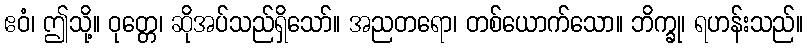
ဧဝံ၊ ဤသို့။ ဝုတ္တေ၊ ဆိုအပ်သည်ရှိသော်။ အညတရော၊ တစ်ယောက်သော။ ဘိက္ခု၊ ရဟန်းသည်။